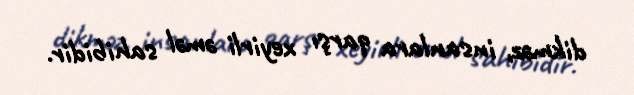
dikməz, insanlara qarşı xeyirli əməl sahibidir.